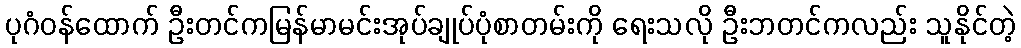
ပုဂံဝန်ထောက် ဦးတင်ကမြန်မာမင်းအုပ်ချုပ်ပုံစာတမ်းကို ရေးသလို ဦးဘတင်ကလည်း သူနိုင်တဲ့